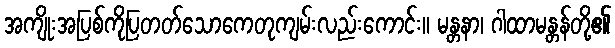
အကျိုးအပြစ်ကိုပြတတ်သောကေတုကျမ်းလည်းကောင်း။ မန္တနာ၊ ဂါထာမန္တန်တို့၏